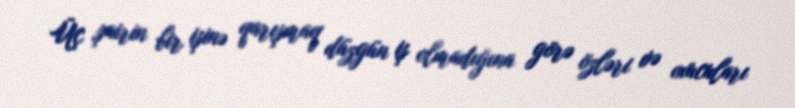
Üç şairin bir işinə qarışmaq düzgün iş olmadığına görə özləri və oxucuları